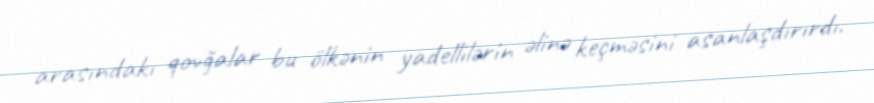
arasındakı qovğalar bu ölkənin yadellilərin əlinə keçməsini asanlaşdırırdı.